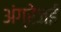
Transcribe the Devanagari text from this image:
अंग्रेजई